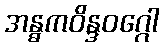
အန္ဓကဝိန္ဒဝဂ္ဂေါ